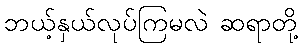
ဘယ့်နှယ်လုပ်ကြမလဲ ဆရာတို့